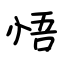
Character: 悟